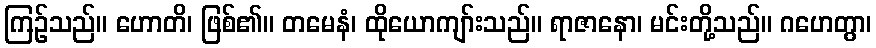
ကြဉ်သည်။ ဟောတိ၊ ဖြစ်၏။ တမေနံ၊ ထိုယောကျာ်းသည်။ ရာဇာနော၊ မင်းတို့သည်။ ဂဟေတွာ၊